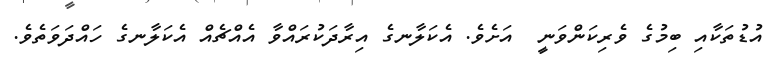
އުޑުތަކާއި ބިމުގެ ވެރިކަންވަނީ  އަށެވެ. އެެކަލާނގެ އިރާދަކުރައްވާ އެއްޗެއް އެކަލާނގެ ހައްދަވަތެވެ.